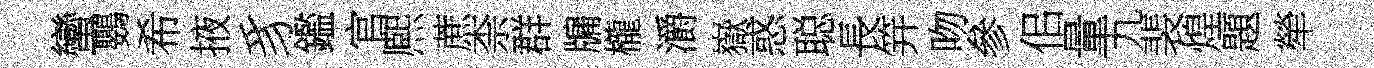
蠻鸚希掖豸鑑官熈蔗柰群牖櫳灂嶽惑聪長笄吻參佀量九裴煌題犖